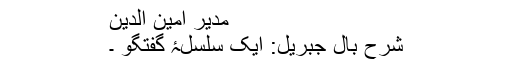
مدیر امین الدین
شرح بال جبریل: ایک سلسلۂ گفتگو ۔